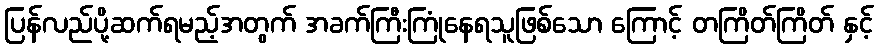
ပြန်လည်ပို့ဆက်ရမည့်အတွက် အခက်ကြီးကြုံနေရသူဖြစ်သော ကြောင့် တကြိတ်ကြိတ် နှင့်